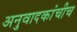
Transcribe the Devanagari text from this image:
अनुवादकांचीच